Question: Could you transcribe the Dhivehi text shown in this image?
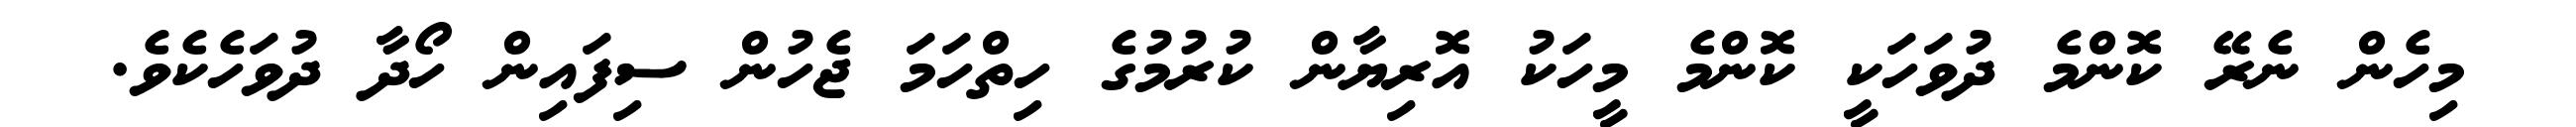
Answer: މިހެން ނެރޭ ކޮންމެ ދުވަހަކީ ކޮންމެ މީހަކު އޮރިޔާން ކުރުމުގެ ހިތްހަމަ ޖެހުން ސިފައިން ހޯދާ ދުވަހެކެވެ.